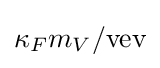
{\kappa }_{F}{m}_{V}/{\rm {vev}}